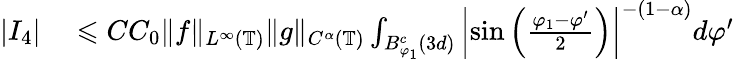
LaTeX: \begin{array}{rl}{|I_{4}|}&{{}\leqslant CC_{0}\| f\| _{L^{\infty}(\mathbb{T})}\| g\| _{C^{\alpha}(\mathbb{T})}\int_{B_{\varphi_{1}}^{c}(3d)}\left|\sin\left(\frac{\varphi_{1}-\varphi^{\prime}}{2}\right)\right|^{-(1-\alpha)}d\varphi^{\prime}}\end{array}